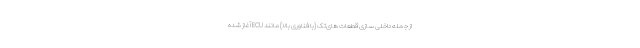
از جمله داخلی سازی قطعات های‌تک (با فناوری بالا) مانند ECU آغاز شده